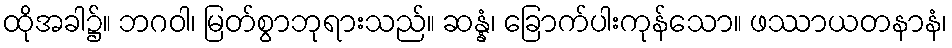
ထိုအခါ၌။ ဘဂဝါ၊ မြတ်စွာဘုရားသည်။ ဆန္နံ၊ ခြောက်ပါးကုန်သော။ ဖဿာယတနာနံ၊